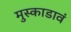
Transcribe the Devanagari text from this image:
मुस्काडावं